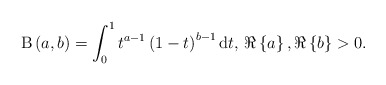
\begin{align*}\mathrm{B}\left(a, b\right) = \int_0^1 t^{a-1}\left(1-t\right)^{b-1} \mathrm{d}t, &\,\, \Re \left\lbrace a \right\rbrace, \Re \left\lbrace b \right\rbrace > 0. \end{align*}